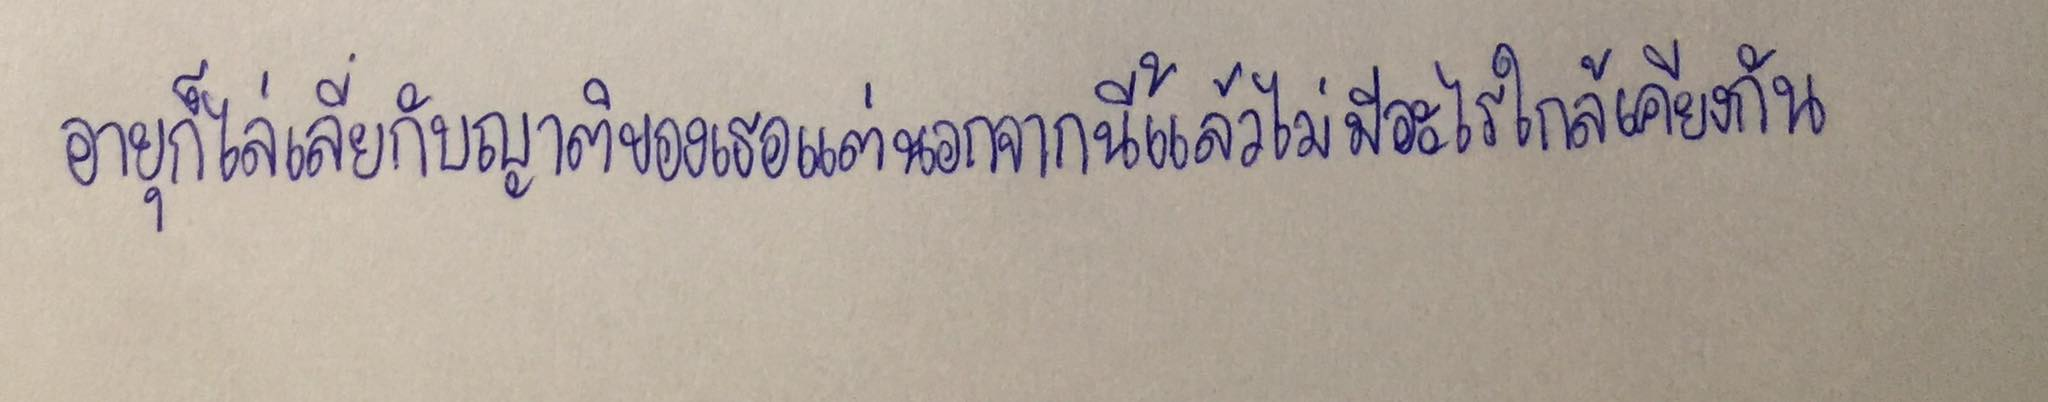
อายุก็ไล่เลี่ยกับญาติของเธอแต่นอกจากนี้แล้วไม่มีอะไรใกล้เคียงกัน